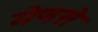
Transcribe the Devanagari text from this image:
मेणसे